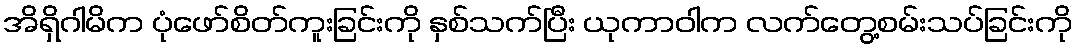
အိရှိဂါမိက ပုံဖော်စိတ်ကူးခြင်းကို နှစ်သက်ပြီး ယုကာဝါက လက်တွေ့စမ်းသပ်ခြင်းကို